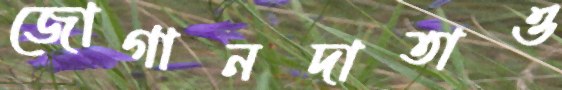
জোগানদাতাও